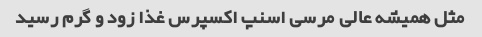
مثل همیشه عالی مرسی اسنپ اکسپرس غذا زود و گرم رسید